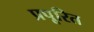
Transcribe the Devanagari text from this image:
प्रपूरित